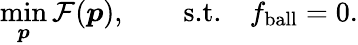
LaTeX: \operatorname*{min}_{\boldsymbol{p}}\mathcal{F}(\boldsymbol{p}),\qquad\textrm{s.t.}\quad f_{\mathrm{ball}}=0.